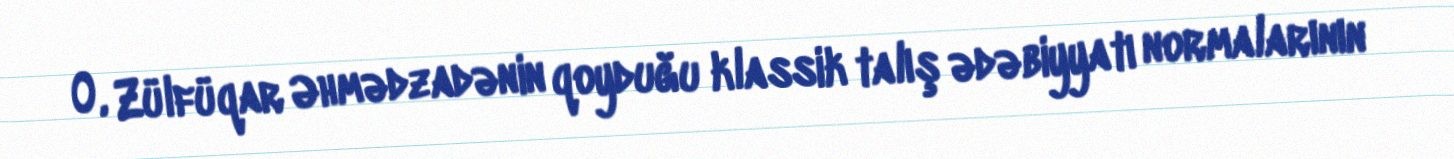
O, Zülfüqar Əhmədzadənin qoyduğu klassik talış ədəbiyyatı normalarının